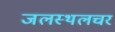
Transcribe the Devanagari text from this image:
जलस्थलचर